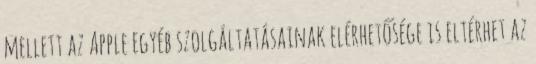
mellett az Apple egyéb szolgáltatásainak elérhetősége is eltérhet az